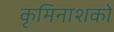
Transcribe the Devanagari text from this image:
कृमिनाशकों